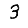
Digit: 3